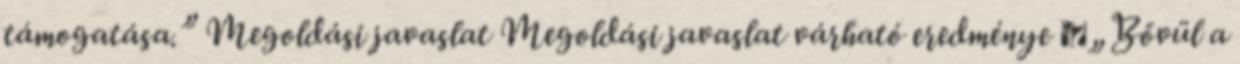
támogatása.” Megoldási javaslat Megoldási javaslat várható eredménye ▪„Bővül a